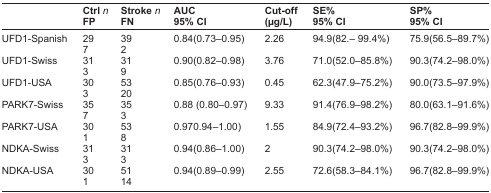
<table><thead><tr><td></td><td><b>Ctrl <i>n</i></b></td><td><b>Stroke <i>n</i></b></td><td><b>AUC</b></td><td><b>Cut-off</b></td><td><b>SE%</b></td><td><b>SP%</b></td></tr><tr><td></td><td><b>FP</b></td><td><b>FN</b></td><td><b>95% CI</b></td><td><b>(μg/L)</b></td><td><b>95% CI</b></td><td><b>95% CI</b></td></tr></thead><tbody><tr><td>UFD1-Spanish</td><td>29 7</td><td>39 2</td><td>0.84(0.73–0.95)</td><td>2.26</td><td>94.9(82.–99.4%)</td><td>75.9(56.5–89.7%)</td></tr><tr><td>UFD1-Swiss</td><td>31 3</td><td>31 9</td><td>0.90(0.82–0.98)</td><td>3.76</td><td>71.0(52.0–85.8%)</td><td>90.3(74.2–98.0%)</td></tr><tr><td>UFD1-USA</td><td>30 3</td><td>53 20</td><td>0.85(0.76–0.93)</td><td>0.45</td><td>62.3(47.9–75.2%)</td><td>90.0(73.5–97.9%)</td></tr><tr><td>PARK7-Swiss</td><td>35 7</td><td>35 3</td><td>0.88 (0.80–0.97)</td><td>9.33</td><td>91.4(76.9–98.2%)</td><td>80.0(63.1–91.6%)</td></tr><tr><td>PARK7-USA</td><td>30 1</td><td>53 8</td><td>0.970.94–1.00)</td><td>1.55</td><td>84.9(72.4–93.2%)</td><td>96.7(82.8–99.9%)</td></tr><tr><td>NDKA-Swiss</td><td>31 3</td><td>31 3</td><td>0.94(0.86–1.00)</td><td>2</td><td>90.3(74.2–98.0%)</td><td>90.3(74.2–98.0%)</td></tr><tr><td>NDKA-USA</td><td>30 1</td><td>51 14</td><td>0.94(0.89–0.99)</td><td>2.55</td><td>72.6(58.3–84.1%)</td><td>96.7(82.8–99.9%)</td></tr></tbody></table>